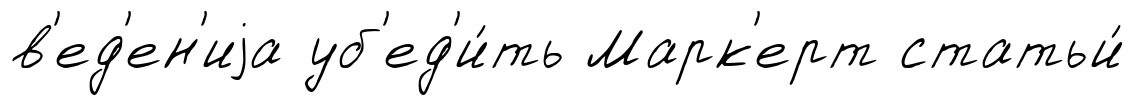
в'ед'ен'иjа уб'ед'и́ть Марк'ерт статьи́